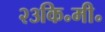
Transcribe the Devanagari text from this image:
२३कि॰मी॰